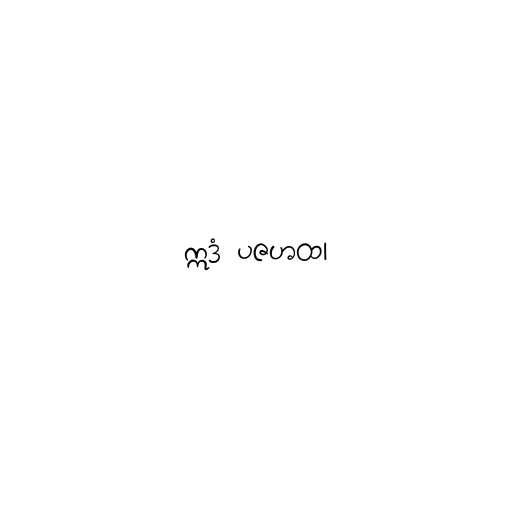
ဣဒံ ပဇဟထ၊